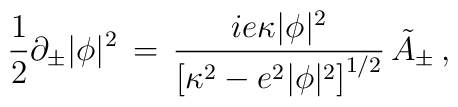
\!\!\!\!\!\!\!\!  {1 \over 2} \partial_{\pm} |\phi|^2  \,  =   \,  {i e   \kappa |\phi|^2 \over \left[ \kappa^2 - e^2 |\phi|^2 \right]^{1/2}  }\,   \tilde{A}_{\pm}          \,  ,